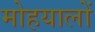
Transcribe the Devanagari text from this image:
मोहयालों